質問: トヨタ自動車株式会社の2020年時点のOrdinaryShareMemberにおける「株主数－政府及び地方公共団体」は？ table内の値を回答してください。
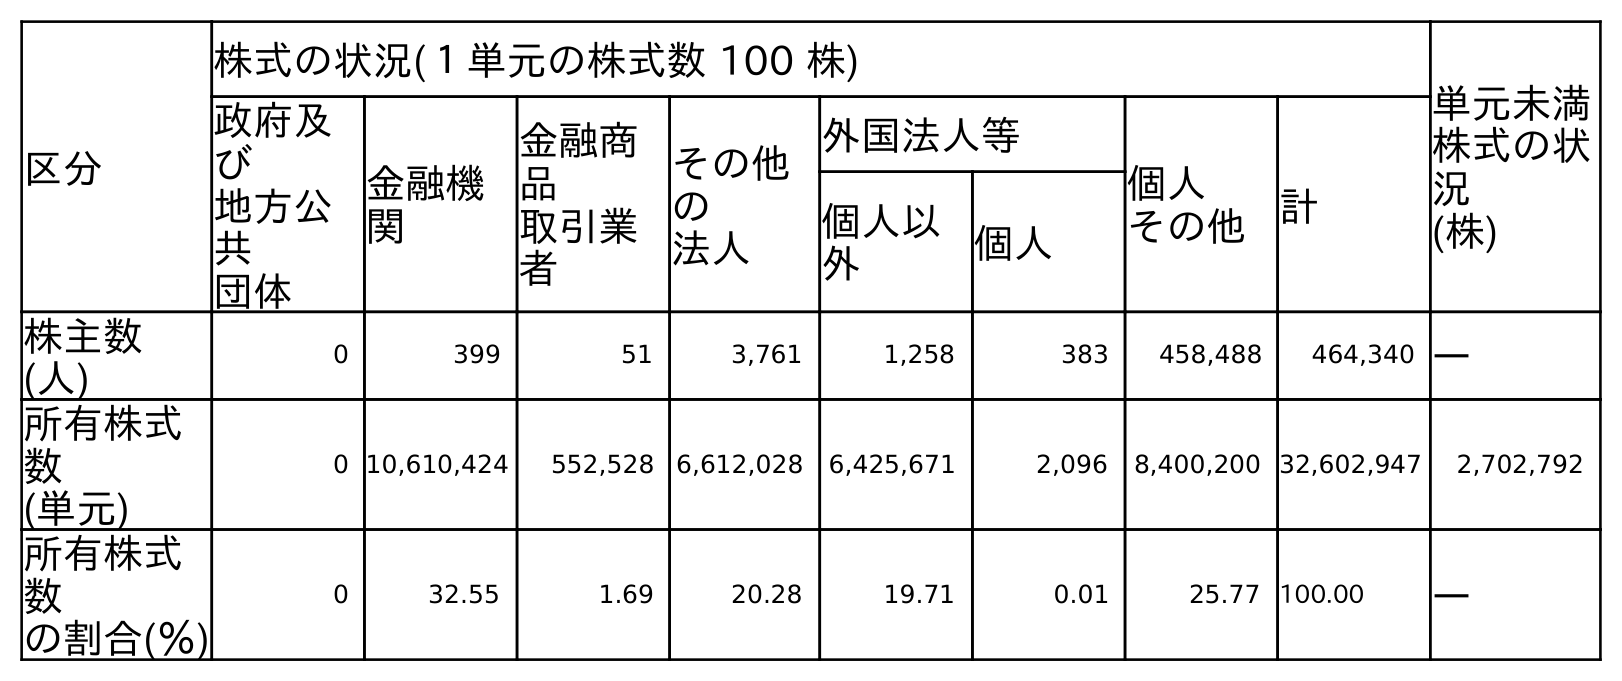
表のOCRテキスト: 区分 株式の状況(１単元の株式数 100 株) 単元未満 株式の状 況 (株) 政府及 び 地方公 共 団体 金融機 関 金融商 品 取引業 者 その他 の 法人 外国法人等 個人 その他 計 個人以 外 個人 株主数 (人) 0 399 51 3,761 1,258 383 458,488 464,340 ― 所有株式 数 (単元) 0 10,610,424 552,528 6,612,028 6,425,671 2,096 8,400,200 32,602,947 2,702,792 所有株式 数 の割合(％) 0 32.55 1.69 20.28 19.71 0.01 25.77 100.00 ―
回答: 0